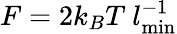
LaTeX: F=2k_{B}T~l_{\mathrm{min}}^{-1}